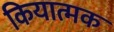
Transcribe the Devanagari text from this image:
कियात्मक